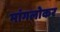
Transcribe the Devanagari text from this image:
मांगलोकर